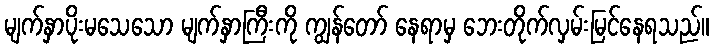
မျက်နှာပိုးမသေသော မျက်နှာကြီးကို ကျွန်တော် နေရာမှ ဘေးတိုက်လှမ်းမြင်နေရသည်။